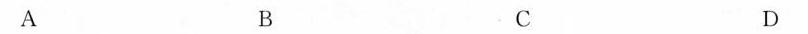
A B C D